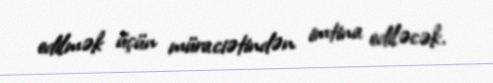
edilmək üçün müraciətindən imtina ediləcək.